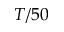
T / 5 0